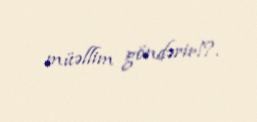
müəllim göndərir!?.